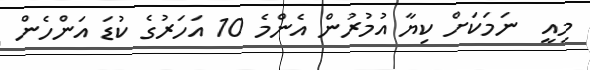
މިއީ  ނަމަކަށް ކިޔާ އުމުރުން އެންމެ 10 އަހަރުގެ ކުޑަ އަންހެން